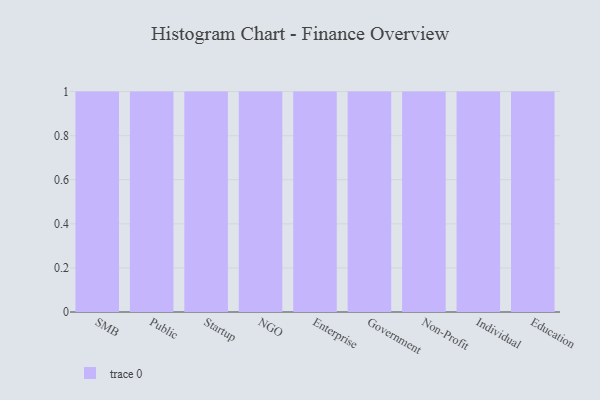
{"axis": {"x": "Segment", "y": "Energy Usage (MWh)"}, "legend": [""], "data": [{"x": "SMB", "y": 34, "type": ""}, {"x": "Public", "y": 55, "type": ""}, {"x": "Startup", "y": 67, "type": ""}, {"x": "NGO", "y": 45, "type": ""}, {"x": "Enterprise", "y": 67, "type": ""}, {"x": "Government", "y": 65, "type": ""}, {"x": "Non-Profit", "y": 30, "type": ""}, {"x": "Individual", "y": 86, "type": ""}, {"x": "Education", "y": 8, "type": ""}]}